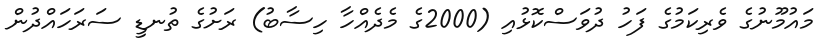
މައުމޫނުގެ ވެރިކަމުގެ ފަހު ދުވަސްކޮޅުއި (2000ގެ މެދެއްހާ ހިސާބު) ރަށުގެ ތުނޑީ ސަރަހައްދުން